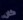
كان